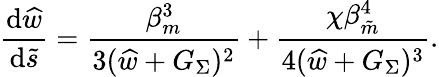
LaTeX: \frac{\mathrm{d}\widehat{w}}{\mathrm{d}\tilde{s}}=\frac{\beta_{m}^{3}}{3(\widehat{w}+G_{\Sigma})^{2}}+\frac{\chi\beta_{\tilde{m}}^{4}}{4(\widehat{w}+G_{\Sigma})^{3}}.